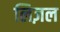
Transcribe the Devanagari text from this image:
लिज़ल